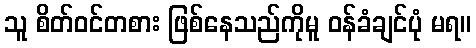
သူ စိတ်ဝင်တစား ဖြစ်နေသည်ကိုမူ ဝန်ခံချင်ပုံ မရ။